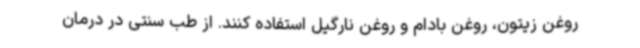
روغن زیتون، روغن بادام و روغن نارگیل استفاده کنند. از طب سنتی در درمان